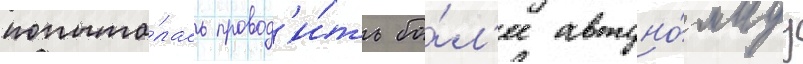
попыта́лась провод'и́ть бо́л'ее автоно́мнуу